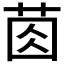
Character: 𦯯